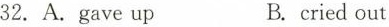
32.A.ga e up B.cried out